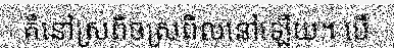
គឺនៅស្រពិចស្រពិលនៅឡើយ។ បើ